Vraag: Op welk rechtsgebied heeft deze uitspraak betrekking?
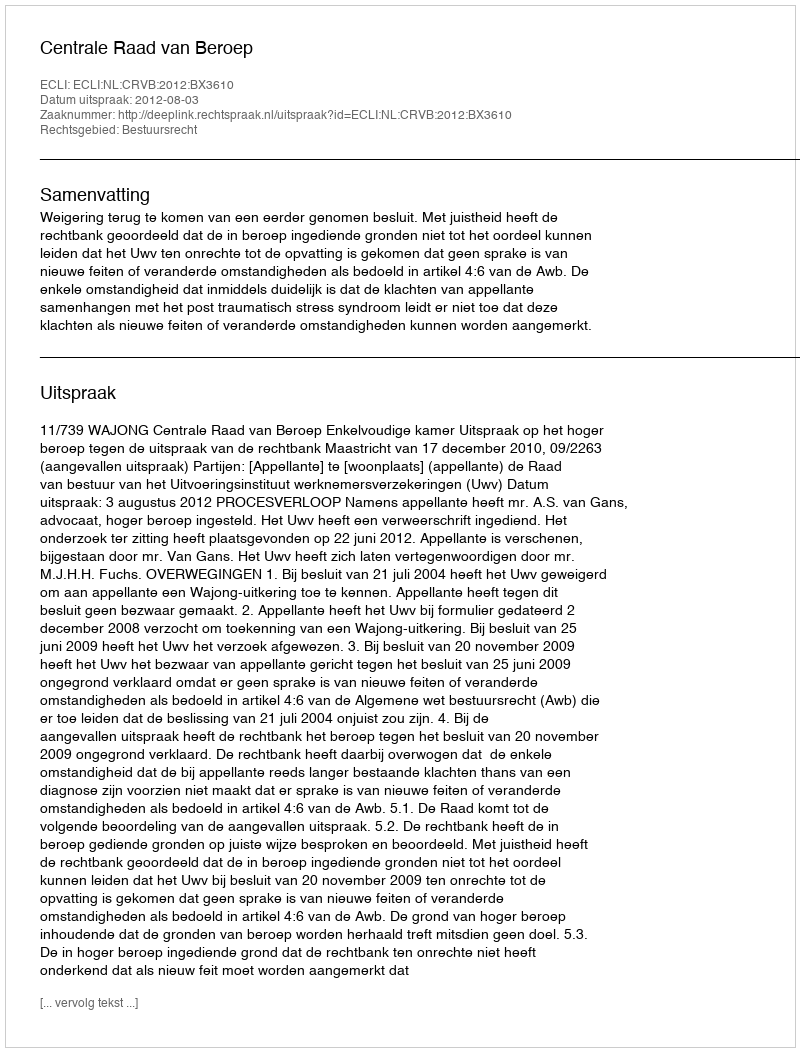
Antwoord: Bestuursrecht